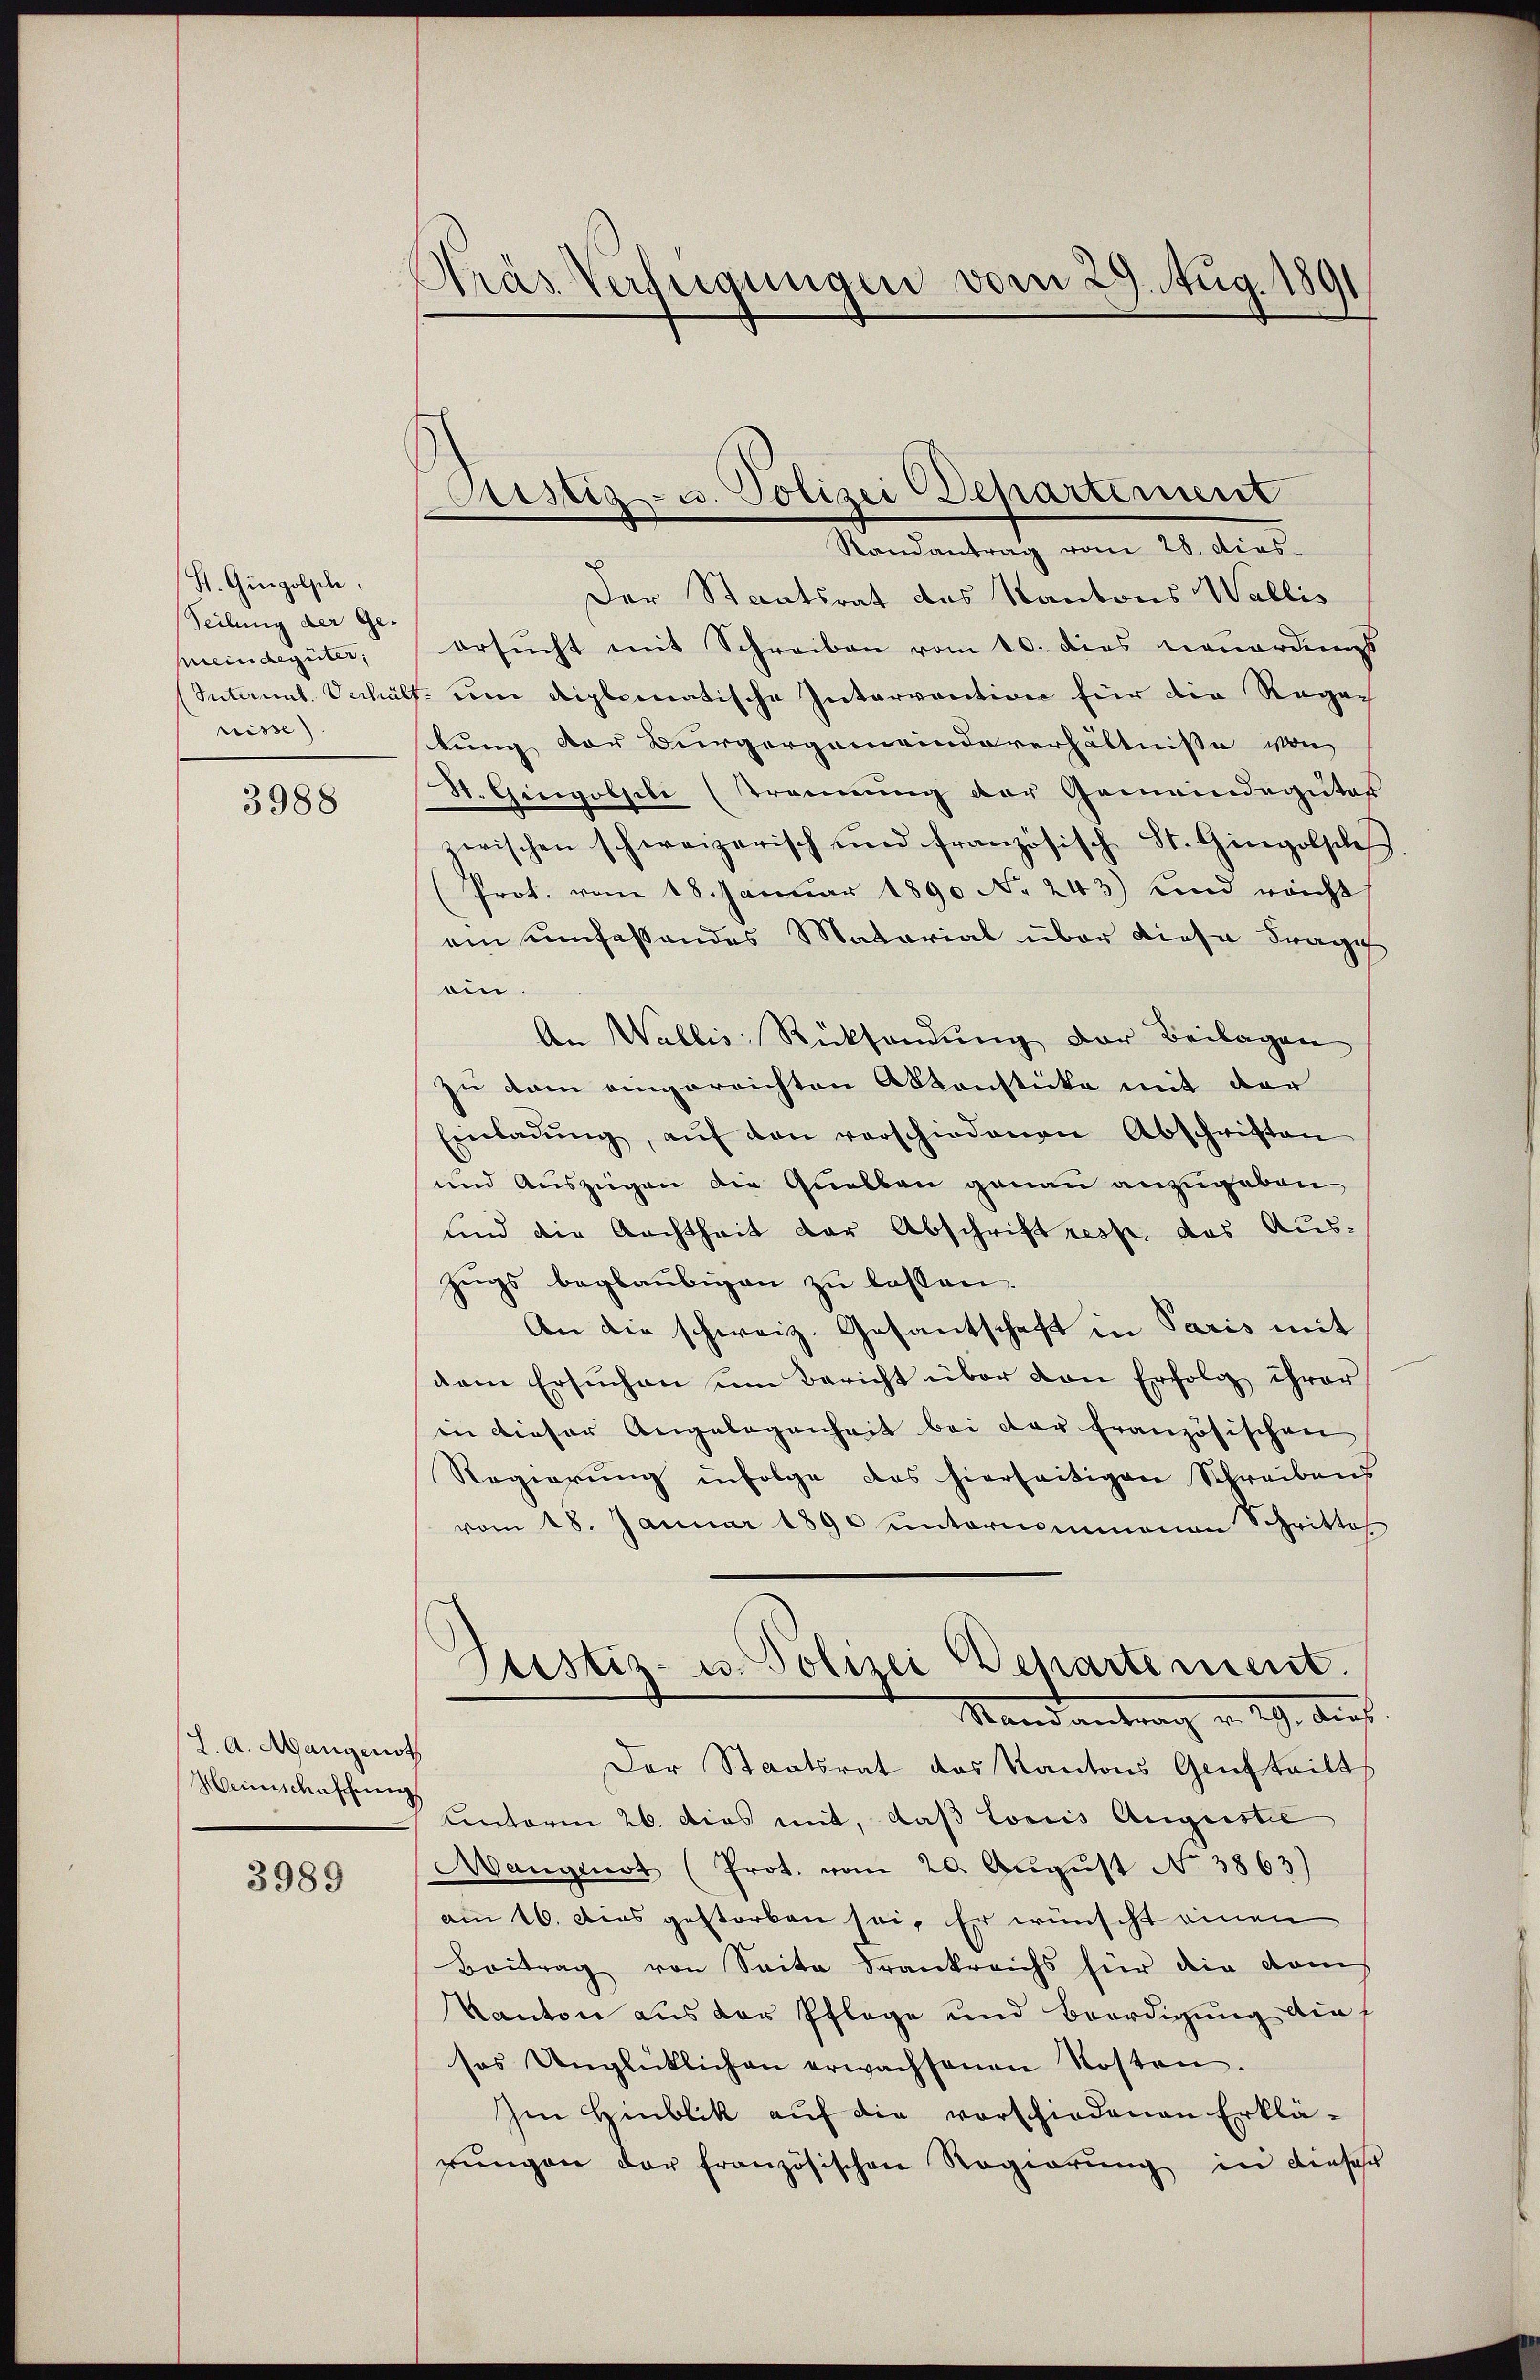
St. Gingolpel,
Teilung der Ge-
Meindegüter,
Interint. Verhält
nisse)

3988

L. A. Mangenst
Heimschuschung

3989

Pras Verfügungen vom 29. Aug. 1891

ustiz- u. Polizei Departement

Randantrag vom 28. dies
Der Staatsrat des Kantons Wallis
ersucht mit Schreiben vom 10. dies neuerdings
. um diplomatische Intervention für die Regen
tung der Bürgergemeindeverhältnisse von
St. Gingobsili (Trennung der Gemeindegutes
zwischen schweizerisch und französisch St. Gingolsclaß
(Prot. vom 18. Januar 1890 No 243) und reicht
ein umfassendes Material über diese Frage
ein.
An Wallis Rücksendung der Beilagen
zu dem eingereichten Aktenstücke mit der
Einladŭng, aŭf den verschiedenen Abschriften
und Auszügen die Quellen genau anzugeben
und die Nachtheit der Abschrift resp. das Auszugs beglaubigen zu lassen.
An die schweiz. Gesantschaft in Paris mit
dem Ersuchen ŭm Bericht über den Erfolg ihrer
in dieser Angelegenheit bei der französischen
Regierung infolge das hierseitigen Schreibens
vom 18. Januar 1890 ŭnternommenen Schritte
Justiz- u. Polizei Departement.
Stand antrach v. 29. Augst.
Der Staatsrat das Kantons Genfteilt
Cinterm 26. dies mit, daß Loris Augustie
Mangenst (Prot. vom 20. August No. 3863)
am 16. Dies gestorben sei. Er wünscht einen
Beitrag von Seite drankreichs für die dam
Kanton aus der Pflege und Beerdigung dies
sos Unglücklichen erwachsenen Kosten.
Im Hinblik auf die vorschiedenen Erklärŭngen der französischen Regierung in dieser